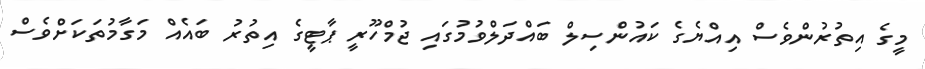
މީގެ އިތުރުންވެސް އިއްޔެގެ ކައުންސިލް ބައްދަލްވުމުގައި ޖުމްހޫރީ ޕާޓީގެ އިތުރު ބައެއް މަގާމުތަކަށްވެސް